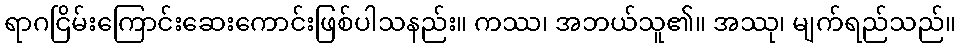
ရာဂငြိမ်းကြောင်းဆေးကောင်းဖြစ်ပါသနည်း။ ကဿ၊ အဘယ်သူ၏။ အဿု၊ မျက်ရည်သည်။